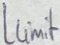
Text: Llimit